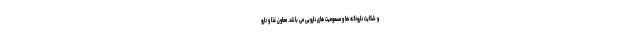
و شکایت داروخانه ها و مسمومیت های دارویی می باشد. معاون غذا و دارو